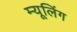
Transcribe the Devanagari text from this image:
म्यूलिंग